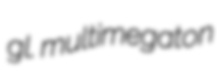
gl. multimegaton